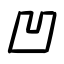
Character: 凹